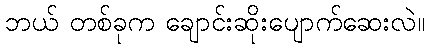
ဘယ် တစ်ခုက ချောင်းဆိုးပျောက်ဆေးလဲ။